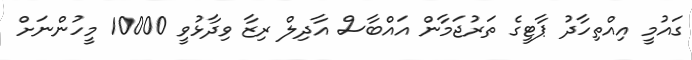
ގައުމީ އިއްތިހާދު ޕާޓީގެ ތަރުޖަމާން އައްބާސް އާދިލް ރިޒާ ވިދާޅުވީ 10000 މީހުންނަށް